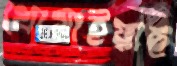
খোয়াইয়াছ